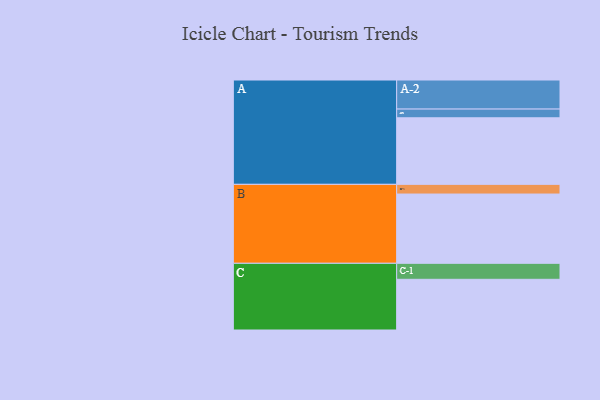
{"axis": {"x": "Segment", "y": "Value"}, "legend": ["", "A", "B", "C"], "data": [{"x": "A", "y": 495, "type": ""}, {"x": "B", "y": 515, "type": ""}, {"x": "C", "y": 377, "type": ""}, {"x": "A-1", "y": 65, "type": "A"}, {"x": "A-2", "y": 216, "type": "A"}, {"x": "B-1", "y": 72, "type": "B"}, {"x": "C-1", "y": 119, "type": "C"}]}